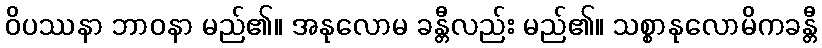
ဝိပဿနာ ဘာဝနာ မည်၏။ အနုလောမ ခန္တီလည်း မည်၏။ သစ္စာနုလောမိကခန္တီ